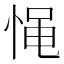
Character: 𰑪